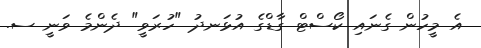
އެ މީހުން ގެނައި ކޯސްޓް ގާޑްގެ އުޅަނދު "ހުރަވީ" ދެންމެ ވަނީ ސ.